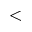
<